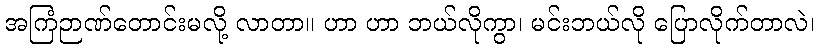
အကြံဉာဏ်တောင်းမလို့ လာတာ။ ဟာ ဟာ ဘယ်လိုကွာ၊ မင်းဘယ်လို ပြောလိုက်တာလဲ၊